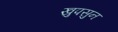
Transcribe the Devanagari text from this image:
खुपसुन